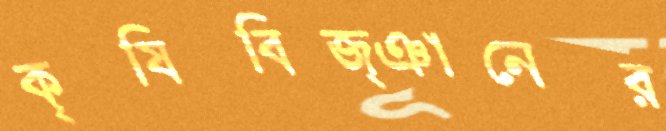
কৃষিবিজ্ঞানের